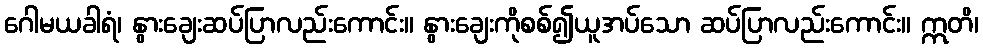
ဂေါမယခါရံ၊ နွားချေးဆပ်ပြာလည်းကောင်း။ နွားချေးကိုစစ်၍ယူအပ်သော ဆပ်ပြာလည်းကောင်း။ ဣတိ၊